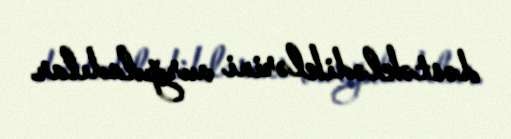
dəstəklədiklərini vurğuladılar.